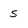
Character: 5